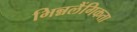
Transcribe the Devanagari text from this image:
भिन्नलैंगिकता